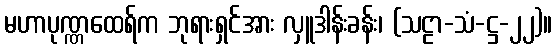
မဟာပုဏ္ဏထေရ်က ဘုရားရှင်အား လှူဒါန်းခန်း၊ (သဠာ-သံ-ဋ္ဌ-၂၂)။